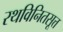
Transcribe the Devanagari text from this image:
रथविनितसूत्त